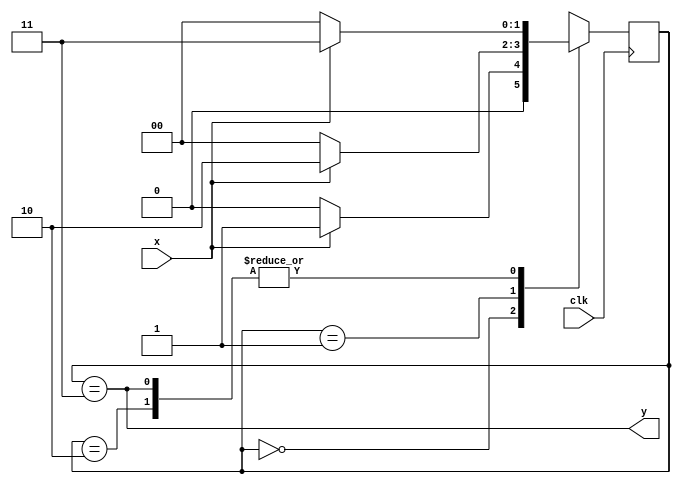
module seq3_detect_moore (x,clk, y);
// Moore machine for a three-1s sequence detection
    input x, clk;
    output y;
    reg [1:0] state;
    parameter S0=2'b00, S1=2'b01, S2=2'b10,S3=2'b11;
// Define the sequential block
    always @(posedge clk)
        case (state)
            S0: if (x) state <= S1;
                else state <= S0;
            S1: if (x) state <= S2;
                else state <= S0;
            S2: if (x) state <= S3;
                else state <= S0;
            S3: if (x) state <= S3;
                else state <= S0;
            default:state <= S0;
        endcase
// Define output during S3
    assign y = (state == S3);

endmodule